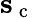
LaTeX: {\mathbf{s}}_{\mathrm{~c~}}